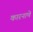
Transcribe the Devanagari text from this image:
कारनाणे